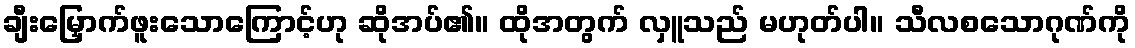
ချီးမြှောက်ဖူးသောကြောင့်ဟု ဆိုအပ်၏။ ထိုအတွက် လှူသည် မဟုတ်ပါ။ သီလစသောဂုဏ်ကို